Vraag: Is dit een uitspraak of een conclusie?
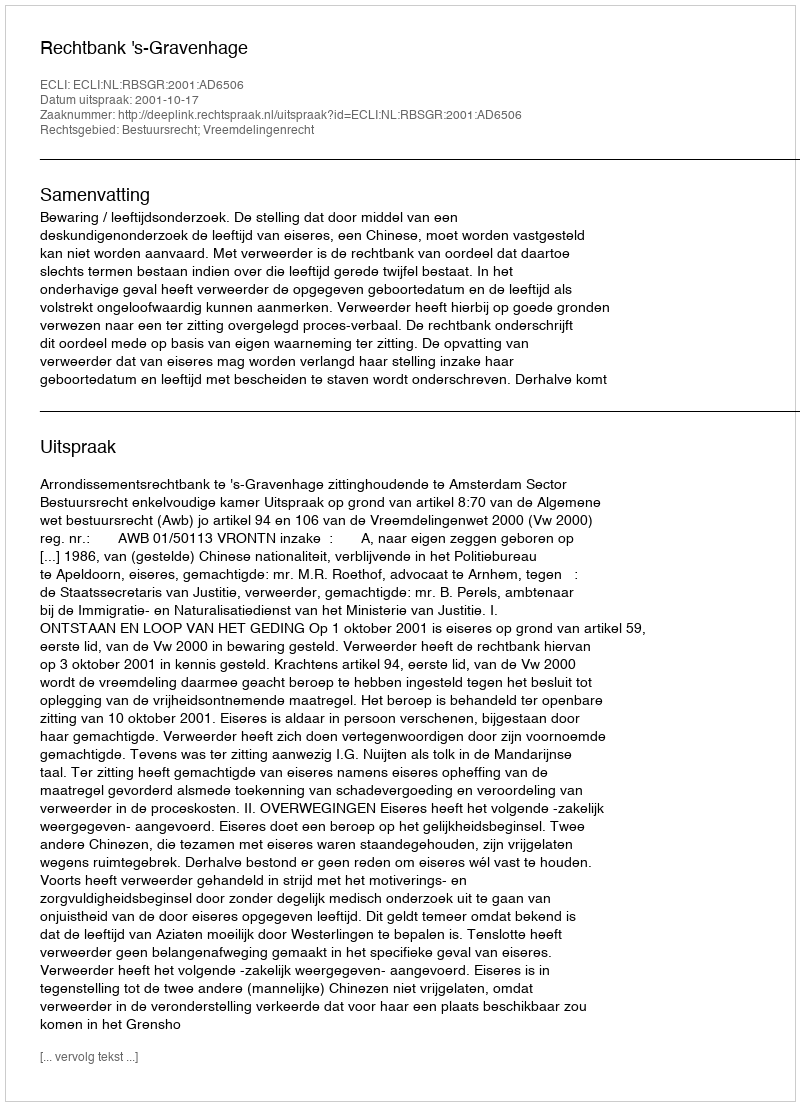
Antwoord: Uitspraak